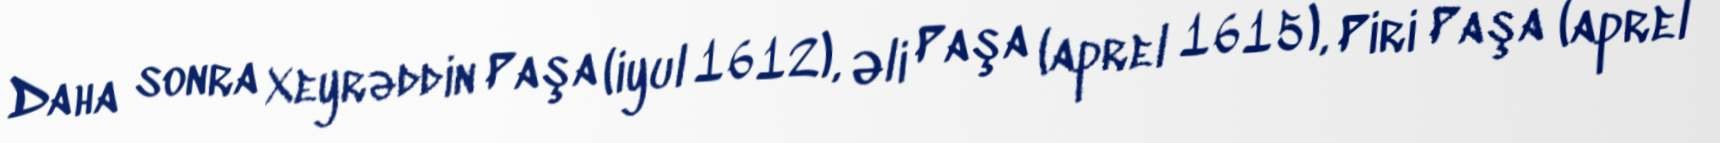
Daha sonra Xeyrəddin Paşa (iyul 1612), Əli Paşa (aprel 1615), Piri Paşa (aprel